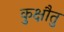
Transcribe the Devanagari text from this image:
कुक्षौतु